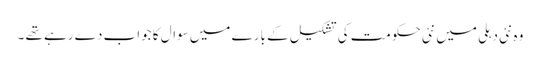
وہ نئی دہلی میں نئی حکومت کی تشکیل کے بارے میں سوال کا جواب دے رہے تھے ۔